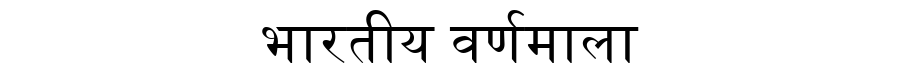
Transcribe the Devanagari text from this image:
भारतीय वर्णमाला